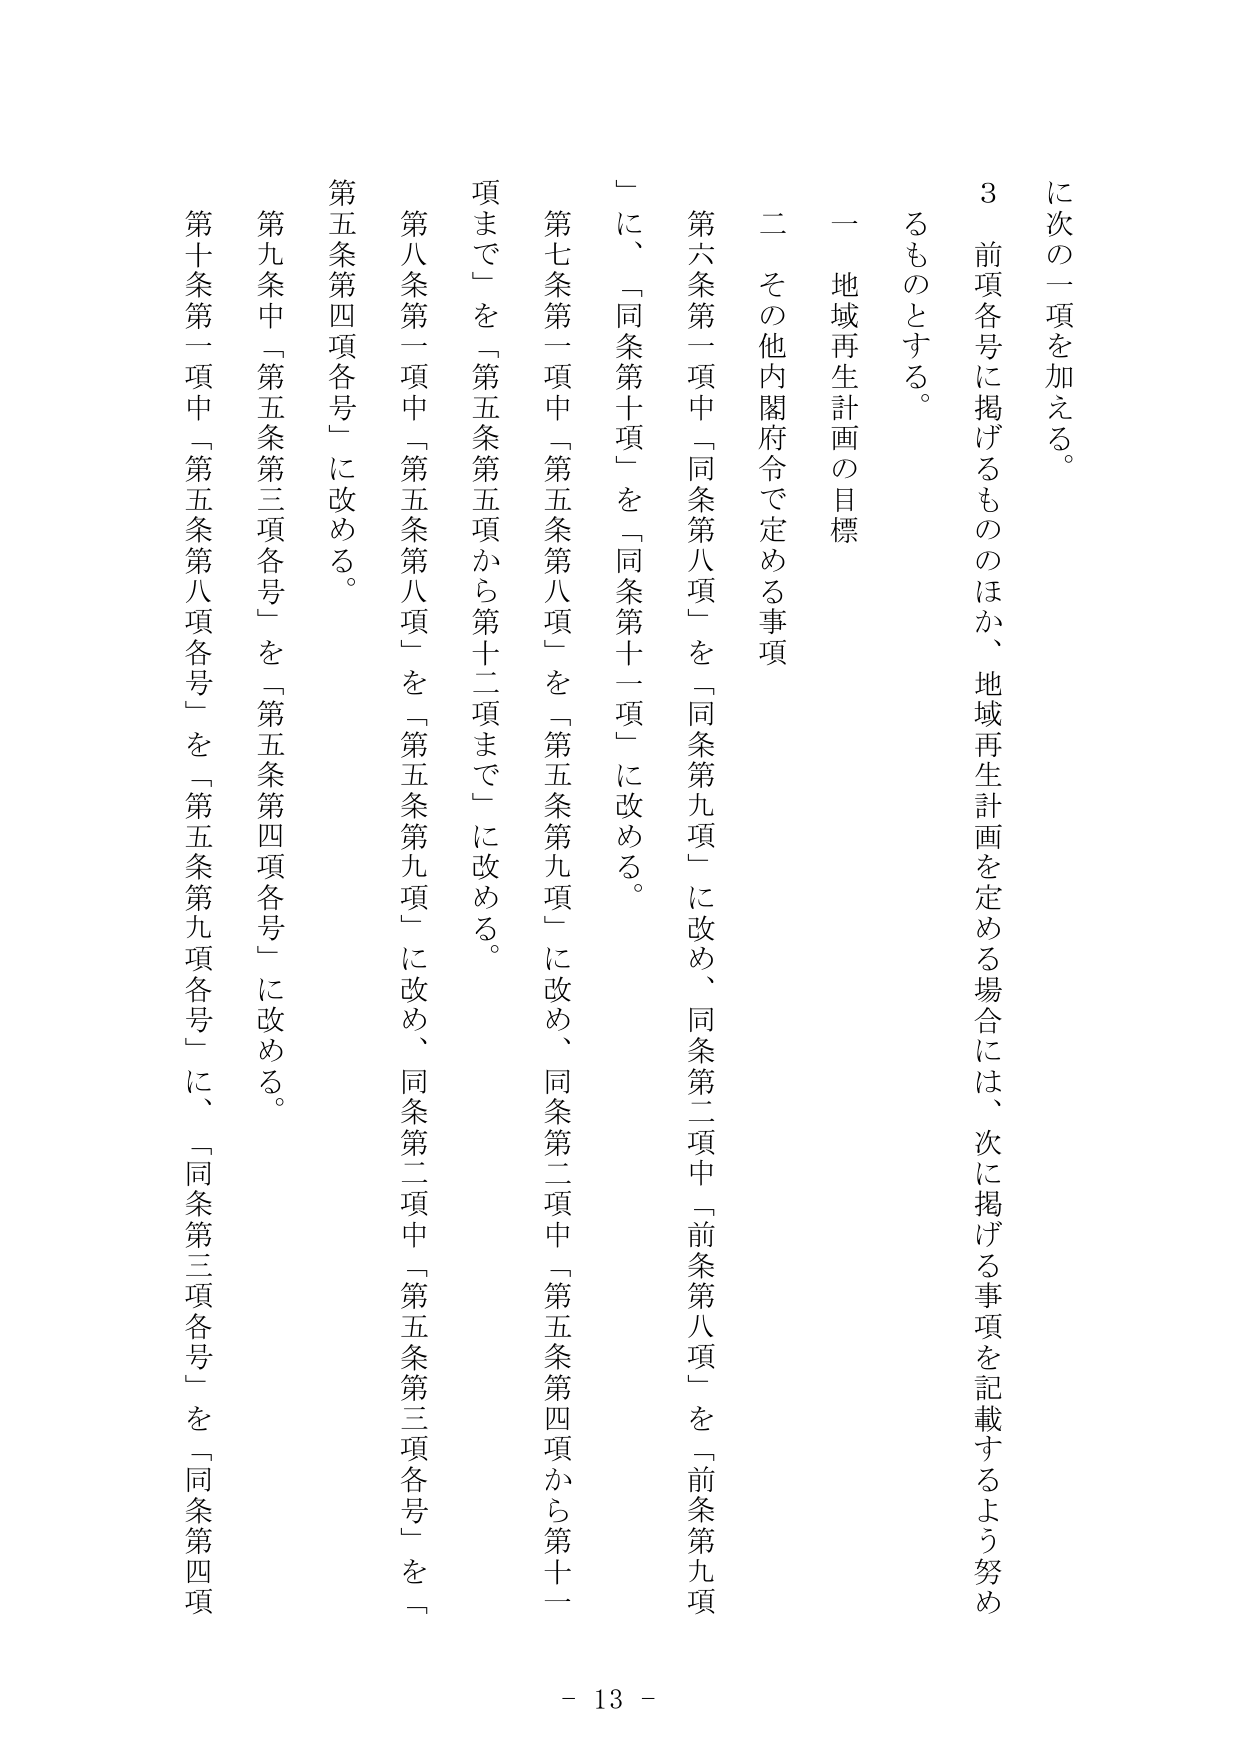
に次の一項を加える。

３ 前項各号に掲げるもののほか、地域再生計画を定める場合には、次に掲げる事項を記載するよう努めるものとする。

一 地域再生計画の目標

二 その他内閣府令で定める事項

第六条第一項中「同条第八項」を「同条第九項」に改め、同条第二項中「前条第八項」を「前条第九項」に、「同条第十項」を「同条第十一項」に改める。

第七条第一項中「第五条第八項」を「第五条第九項」に改め、同条第二項中「第五条第四項から第十一項まで」を「第五条第五項から第十二項まで」に改める。

第八条第一項中「第五条第八項」を「第五条第九項」に改め、同条第二項中「第五条第三項各号」を「第五条第四項各号」に改める。

第九条中「第五条第三項各号」を「第五条第四項各号」に改める。

第十条第一項中「第五条第八項各号」を「第五条第九項各号」に、「同条第三項各号」を「同条第四項

- 13 -